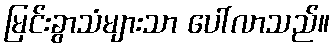
မြင်းခွာသံများသာ ပေါ်လာသည်။